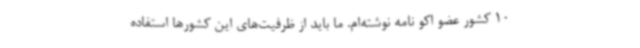
10 کشور عضو اکو نامه نوشته‌ام. ما باید از ظرفیت‌های این کشورها استفاده